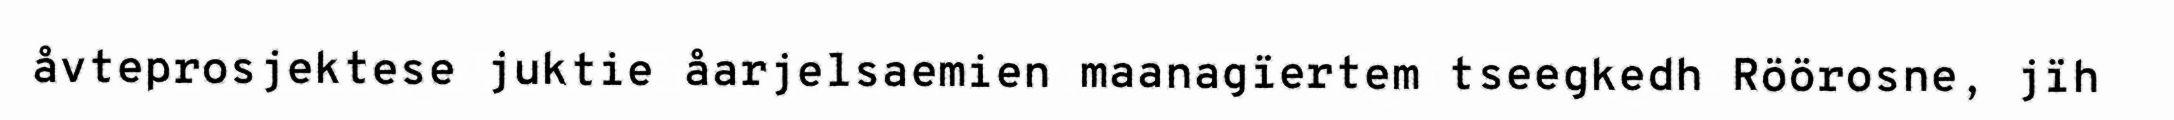
åvteprosjektese juktie åarjelsaemien maanagïertem tseegkedh Röörosne, jïh